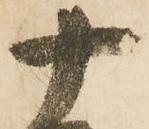
十